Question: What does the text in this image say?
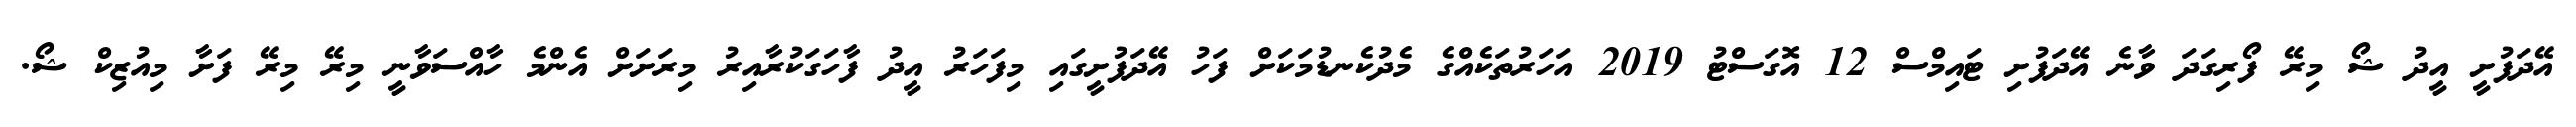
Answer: އޭދަފުށީ އީދު ޝޯ މިރޭ ފޯރިގަދަ ވާނެ އޭދަފުށި ޓައިމްސް 12 އޮގަސްޓު 2019 އަހަރުތަކެއްގެ މެދުކެނޑުމަކަށް ފަހު އޭދަފުށީގައި މިފަހަރު އީދު ފާހަގަކުރާއިރު މިރަށަށް އެންމެ ހާއްސަވާނީ މިރޭ މިރޭ ފަށާ މިއުޒިކް ޝޯ.